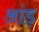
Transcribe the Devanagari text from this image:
आंड़